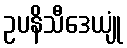
ဥပနိသီဒေယျုံ